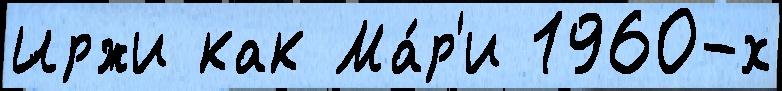
Иржи как Ма́р'и 1960-х